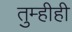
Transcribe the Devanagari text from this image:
तुम्हीही